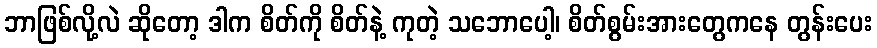
ဘာဖြစ်လို့လဲ ဆိုတော့ ဒါက စိတ်ကို စိတ်နဲ့ ကုတဲ့ သဘောပေါ့၊ စိတ်စွမ်းအားတွေကနေ တွန်းပေး